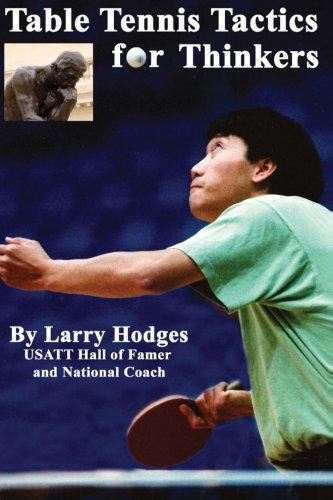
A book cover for Table Tennis Tactics for Thinkers; Larry Hodges; Sports & Outdoors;